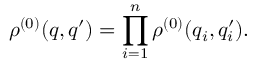
\rho ^ { ( 0 ) } ( q , q ^ { \prime } ) = \prod _ { i = 1 } ^ { n } \rho ^ { ( 0 ) } ( q _ { i } , q _ { i } ^ { \prime } ) .